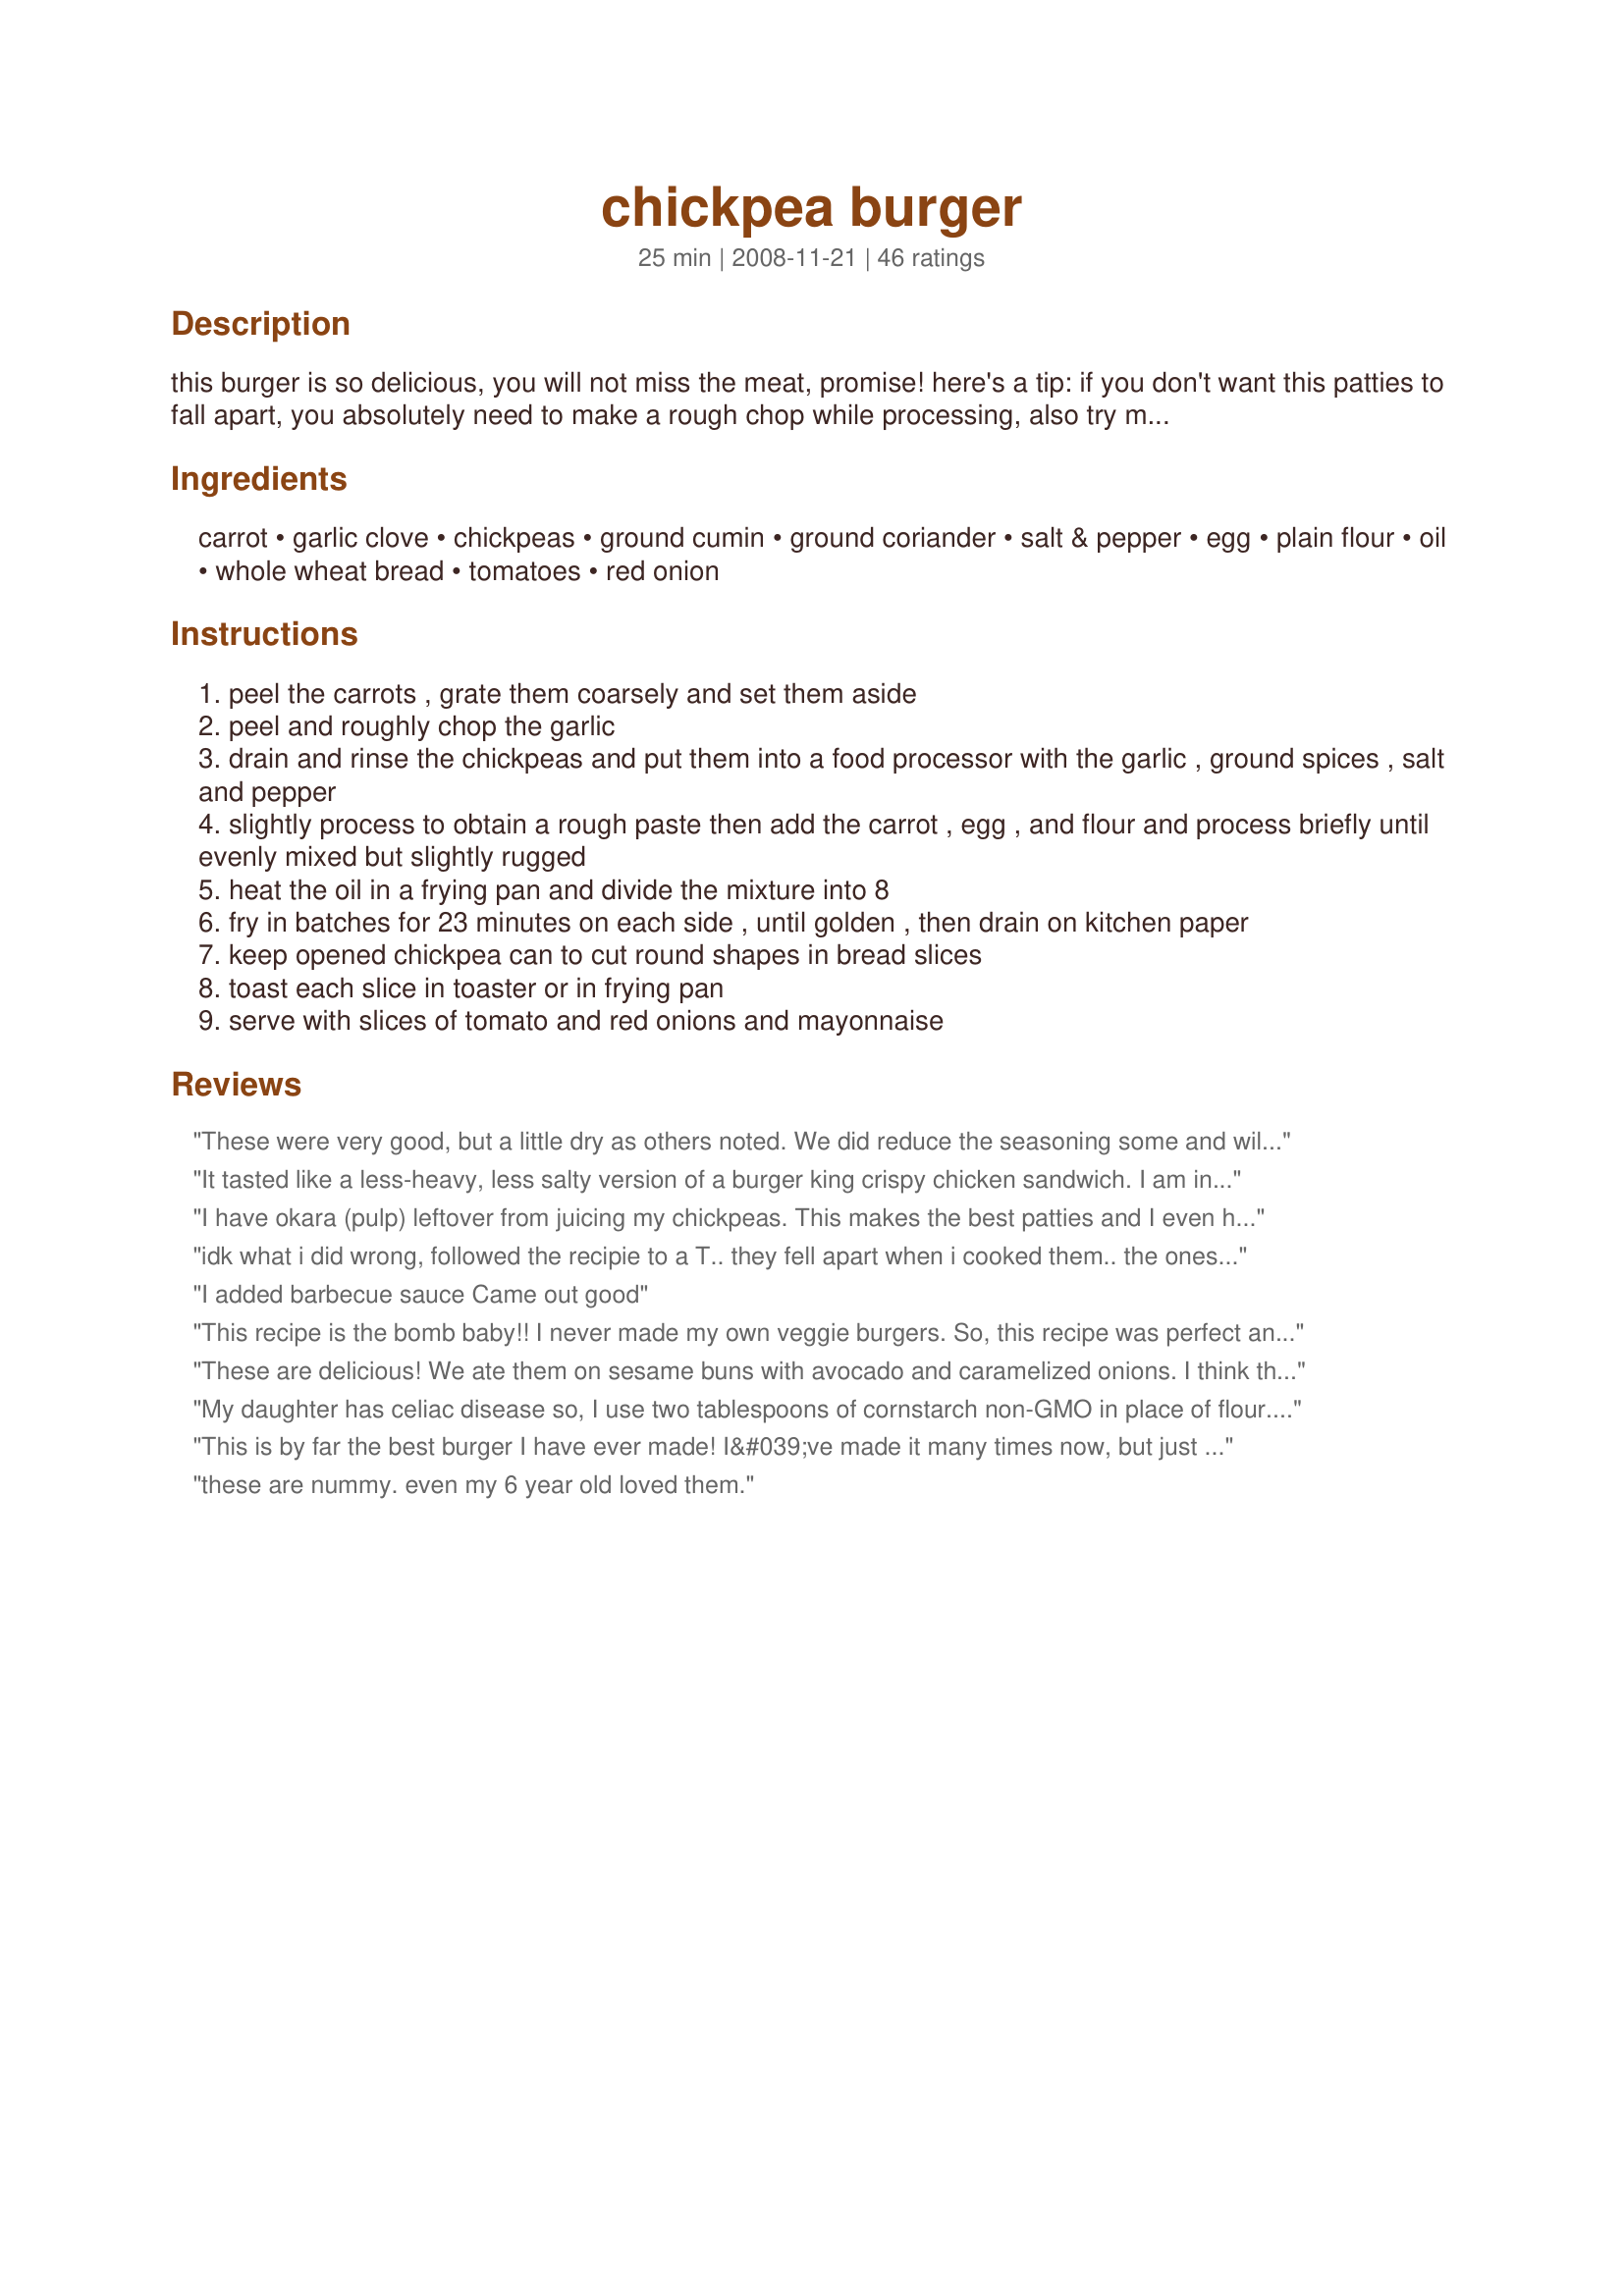
chickpea burger
Preparation time: 25 minutes

this burger is so delicious, you will not miss the meat, promise! here's a tip: if you don't want this patties to fall apart, you absolutely need to make a rough chop while processing, also try making thinner patties.

Ingredients:
carrot, garlic clove, chickpeas, ground cumin, ground coriander, salt & pepper, egg, plain flour, oil, whole wheat bread, tomatoes, red onion

Steps:
peel the carrots , grate them coarsely and set them aside
peel and roughly chop the garlic
drain and rinse the chickpeas and put them into a food processor with the garlic , ground spices , salt and pepper
slightly process to obtain a rough paste then add the carrot , egg , and flour and process briefly until evenly mixed but slightly rugged
heat the oil in a frying pan and divide the mixture into 8
fry in batches for 23 minutes on each side , until golden , then drain on kitchen paper
keep opened chickpea can to cut round shapes in bread slices
toast each slice in toaster or in frying pan
serve with slices of tomato and red onions and mayonnaise

Reviews:
These were very good, but a little dry as others noted. We did reduce the seasoning some and will probably add more next time. We used a 15oz can of no salt added chick peas and made these as fritters for a side. Will make again and either add moisture or make a dipping sauce for them.
It tasted like a less-heavy, less salty version of a burger king crispy chicken sandwich. I am in love. I ended up using diced tomato and romaine heads for a more &quot;authentic&quot; bk experience. I did have a few modifications (a major one being the quantity of chickpeas), so take this review with a grain of salt. MODIFICATIONS/RECOMMENDATIONS: I've never seen a 19-ounce can of chickpeas before, so I used a 15.5 ounce can. Made 4 large patties, which I prefer. I used a 30oz can to make the bread circles, which fit well because I like my patties pretty flat and wide. I'm lazy and only had unground coriander, so I omitted it and used 2 tsp of cumin. I used 1/2 tsp salt and 1/4 tsp pepper. Since I only used a 15.5oz can, this probably made for a slightly spicier burger. I dried out the carrots a little bit on paper towels before adding to the mixture. This might have helped to hold them together a bit. I also kept the mixture super coarse, only pulsed a couple times each time I added ingredients, and then mixed the rest of the way by hand. I fried each in 1 tsp of canola oil (I cooked individually, single life ya'll).
I have okara (pulp) leftover from juicing my chickpeas. This makes the best patties and I even have to add back in some moisture with yogurt or egg or chickpea juice if the okara is too dry but adhere to the rest of the recipe. I make bean juice or pureed beans because hubby only eats them this way. A nice slice of fried green tomato and thousand Island dressing made with ketchup, sweet pickle relish and mayo is great with this patty. It is great even without the bun! Thanks for posting this.
idk what i did wrong, followed the recipie to a T.. they fell apart when i cooked them.. the ones that didnt fell apart when i took them off the paper towels(to drain off excess oil)... the crumbles and pieces tasted good, but would have preferred a burger.
I added barbecue sauce Came out good
This recipe is the bomb baby!! I never made my own veggie burgers. So, this recipe was perfect and super easy. I did not have a food processor, so I used a meat tenderizer to mash the beans. I put in two cloves of garlic like another viewer mentioned. A bit more salt to taste. Additionally, there was no coriander in the cupboard, so I substituted with basil. Instead of a 19 oz can I used the 15 oz. I was able to make three nice sized patties. Last but not least, my burgers did not fall apart. Thanks again for this recipe! No more store bought veggie burgers!!
These are delicious! We ate them on sesame buns with avocado and caramelized onions. I think they're a fantastic replacement for the veggie burgers I buy at the store! Thanks for the recipe!
My daughter has celiac disease so, I use two tablespoons of cornstarch non-GMO in place of flour. Also just increase the spices a bit and not served on a bun. Served in lettuce wraps. Thanks for a nice change from the frozen store stuff. (Oh, when you drain your chickpeas, toast them in the oven before you grind them up.)
This is by far the best burger I have ever made! I&#039;ve made it many times now, but just got around to reviewing this recipe. I love how easy it is to put together....takes 5 minutes max. I add some red pepper powder (paprika) and a jalapeno to kick up the spice; otherwise, I follow the recipe exactly. It makes 7-8 patties. I put the patties on an aluminum foil-lined plate and stick the plate in the freezer. Once the patties are frozen, I put them in a ziplock bag. I fry these up for a quick weeknight dinner and omit the bread. Tastes amazing with sriracha sauce :)
these are nummy. even my 6 year old loved them.
Good but not real exciting. Also, it was pretty mushy. Maybe I didn't drain the chickpeas enough or mushed them up too much, but they were pretty soft even after cooking with oil for quite a bit of time.
Thank you so much for this recipe. I was so skeptical to try because i just recently stoped eating meat and haven&#039;t branched out to the more testing veggie dinners until now this was so great i had to look to make sure i didnt trick myself and put in meat
Didn't have a 19 oz can so the recipe became a little problematic--however after arranging to use 2 cans and altering the volume of other ingredients as well as cranking up the spice, we had very nice bean burgers. I'll be doing this again!
Just tried this recipe, took about 15-20 minutes, super simple. Delicious! Great crisp texture on the outside and a good middle eastern flavour from the fluffy delicious center of the 'patty'.

I didn't use the mayonnaise or red onions because I didn't have either and it still turned out great. Great simple recipe that can be modified to your own tastes.

The only reason I didn't give it a five star rating is because I don't think my tastes are good enough to define anything as deserving five stars.
This was really good! It was a little dry though so I am not sure what to do to remedy that. We did not eat it on buns, just plain patties. I used some sour cream and hot sauce to liven it up!
Pretty good burgers. Great base recipe. Next time I'll add different (and more) spices next time.
I made mine in the oven and used tzatziki instead of mayo, shallots instead of red onions and added avocado! It was simply de-licious!! Thank you for the amazing recipe! :)
These are a really nice change of place. I my wife didn't even want to try them, but now she loves them. I didn't change a thing and they came out great.
Delicious and so easy! Loved the seasoning and the texture of these burgers.I added just a pinch of salt but I&#039;ll add more next time. I wish I had made a double batch to keep on hand in the freezer. Thanks for posting the recipe.
A good taste with a few tweaks, but very dry. Next time I'll add some shredded zucchini (maybe 1/2 cup). I did add a tablespoon each of chopped fresh cilantro and chopped fresh parsley. Skipped the whole wheat bread rounds, onion slices and tomato and served on my homemade buns (recipe from King Arthur Flour--beautiful burger buns).
Wonderful flavor but a bit crumbly. It did get firmer as it cooled. I used oatmeal instead of flour and parsley instead of ground corriander. I also added a few crushed red pepper flakes. I will definitely make this again!
I made it without coriander as I didn&#039;t have any, made my own chickpeas from dry, and realized early the oil needs to be really hot for them to stay together well. We served them with salad and a red pasta sauce with green peppers. So good!
This is a great recipe! I try to serve a meatless meal once or twice a week and this is a great alternative! Even my carnivorous hubby likes it!
These are amazing! I can&#039;t believe how great the flavor is! I ground the mixture too finely so mine came apart but they worked fine once they were on the hamburger buns. Thanks for the great recipe!!
This recipe is yummy. I must admit, I eyeballed the quantities and had leftover chick peas so I just did the burger for one. But the proportions appeared to work, and the burger was done just right. I love the spice combinations, but I did sub purple onion for the garlic.<br/><br/>I did another modification too for vegan and gluten free. Chick pea flour in place of regular flour. I actually prefer this to regular wheat flours- somehow it makes it crispier. I used some EVOO and water in place of the egg. <br/><br/>If you want, on the side you could do yogurt with mint. Genius! So yummy. I'll be glowing all day it was so good.
I made these with a regular 15oz can of chickpeas and they turned out GREAT. Don&#039;t let the 19oz thing throw you off. They held together fine were incredible on toast with some mayo, sriracha, and ketchup. Made 3 good sized patties.
I followed the recipe and these burgers turned out delicious. Mine did not fall apart. I let the mixture sit for about 10 minutes before I saut&eacute;ed them in olive oil. I'll be making them often. (I might try adding a little sprinkle of grated Parmesan next time and a dash of soy or Worcestershire sauce.) Yum!
Wow! This recipe is like a beautiful marriage between Falafel and Hummus! It was easy and delicious. Since we love garlic, I doubled the amount and I used ground hand rolled oats in place of the flour. I also dusted the patties with a little of the oat flour before frying. It gave the burger a nice crispy bite.&lt;br/&gt;&lt;br/&gt;Thanks for a simple, yet amazing recipe. You have inspired me to experiment with other beans and spices to create Mexican, Italian, and who-knows-what other ethnic flavors!!
This is easy and tasty, but mine tried to fall apart, too. I think it's because the carrots give so much liquid. So I would make them by stirring in some oats rather than blending in flour to help bind them. When I cook the other half of what I made recently, I think I will drop the patties into some breadcrumbs and then be sure to start the cooking on high heat to make a good 'skin' on the bottom. Still, the flavor and nutrition are great. I served these under sauteed onions with a bit of cheese, plus some flavored ketchup (added curry, onion, and garlic powders with some pepper and coriander), along with some cous cous rather than as sandwiches.
i can't believe how delicious this was...
This is really great! I added 2 cloves of garlic, we like a lot of garlic. I also topped it with some smoked cheddar. Delicious!
Tasty and easy. No problems with patties staying together. Almost 1 year old son LOVES the burger. Can't wait to eat leftovers. Served with a whole grain bread.
The taste was great. But my burger fell apart when I ate it. I think my food processor couldn’t handle the load or I overprocessed it. Can I cut the recipe by half if I’m making it the next time?
Great recipe! Even my kids liked it - which is amazing! 
The next time I make it I will reduce the amount of carrot, the kids found it a bit too carroty!
But fab receipe!
Just made these for a friend who came round for tea because I didn't know what to make but happened to have a can of chickpeas in the cupboard. Really tasty, not dry at all as some burgers could be. I'll be trying them with some extras like cashews, coriander, beans etc. Thank you so much for this quick and easy recipe!
This burger was delicious! I made it gluten free with cornstarch and it turned out a bit crumbly (not sure if this was due to the cornstarch). I also baked the burgers instead of frying and used the open part of a mason jar lid to make uniformly shaped burgers. After that I used a lettuce wrap but swapped the mayo for sriracha mayo (in my opinion it tastes much better). Next time I make this I'm going to dry using roughly ground oats in place of cornstarch and I'll bake the chickpeas a bit before I process them.
The recipe is yummy, however mine did not stay together very well. I served mine on pita bread with tomato and cilantro. It could use a nice garlic tahini sauce.
awesome recipe! i served it with a yogurt sauce..was really great!! :)
Best chickpea burger recipe I've come across. Used it all this past summer for BBQs. Even the meat eaters gave it high marks. Did use a little less carrot than what the posted recipe calls for though. Thank you for posting!
Delicious. Just finished making it a second time. Double batch this time. So good. Thanks!!!
Very good - the first veggie burger I've found that stays together. I used a ww English muffin for the bread.
This is a delicious veggie burger. Very flavorful. I followed directions as instructed and they came out perfect. Thanks for sharing.
Absolutely love these! Have made hem a could of times now.They are so easy to make, full of good healthy stuff too and we all love them especially my two year old !! I also just give the pattie on it's own as part of school lunches. Love Love Love !!!
My very picky 6-year-old ate every last bite and asked me to make these again sometime! So, yeah, that's how good they are. 5 stars for sure!
These did not work out for me. I think it was partially me and partially the recipe. I think I might have over processed the mixture for one thing and in turn they were mushy and did not hold together well. I did as suggested and made thinner patties but that did not help. They had way to much carrot flavor for our liking. Maybe with some tinkering it could be a keeper for us. But as for the other nights dinner, I had to send Hubby out for Wendy's as they were not edible for us.
These were amazing. Neither myself or hubby are veggie but both enjoyed them just as much as a meat burger. I only made 4 out of this mix. smaller than that would have left me very hungry. we froze 2 of them and they cooked just as well from frozen.
